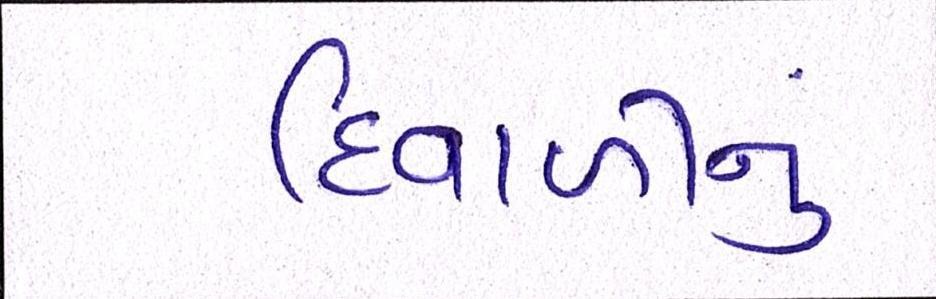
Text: દિવાળીનું